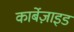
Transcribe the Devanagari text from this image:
कार्बेज़ाइड